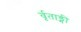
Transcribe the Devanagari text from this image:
र्वृताङ्गी